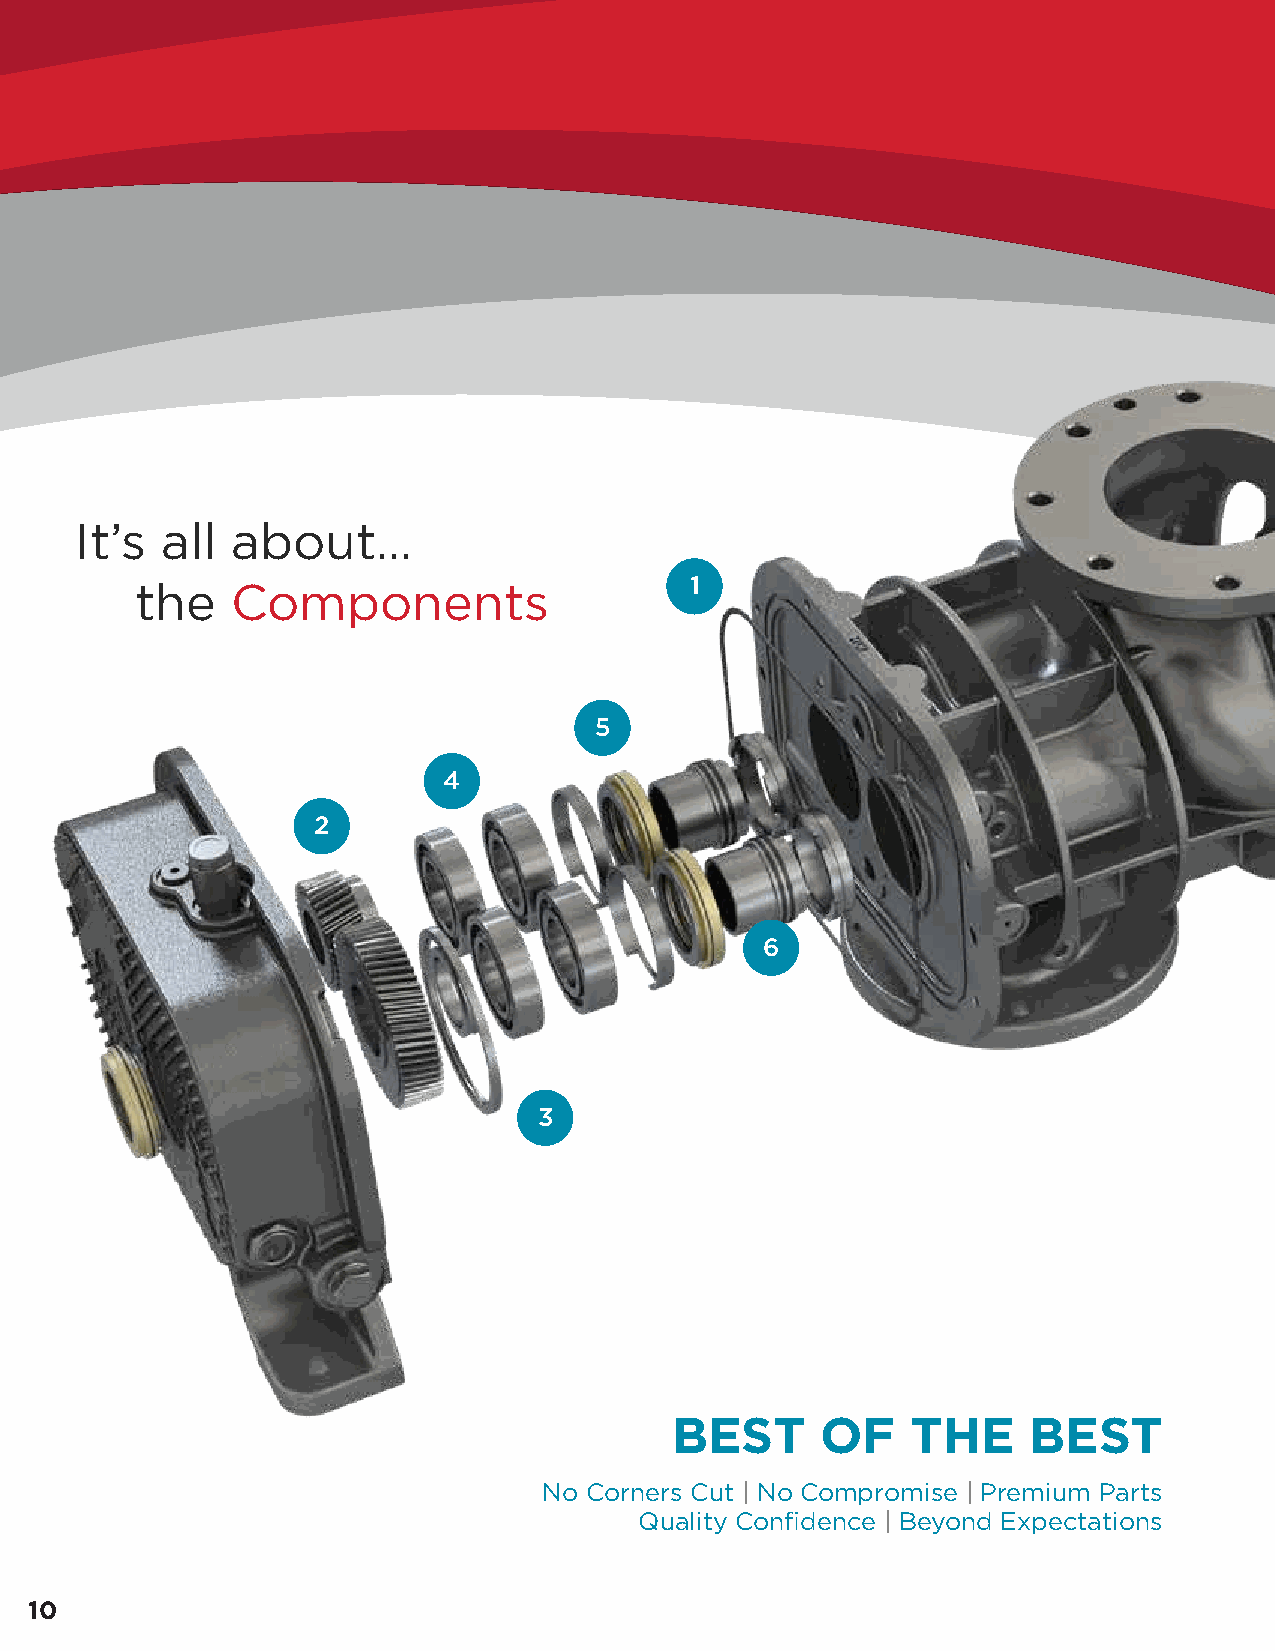
It’s  all about…
 the   Components                     1
 5
 4
 2
 6
 3
 BEST      OF    THE     BEST
 No Corners Cut | No Compromise | Premium Parts
 Quality Confidence | Beyond Expectations
 10